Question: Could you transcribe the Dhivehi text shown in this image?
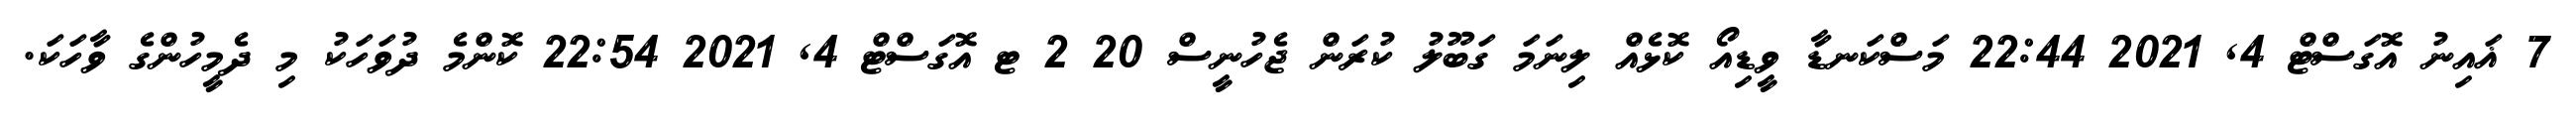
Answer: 7 ޣައިނު އޮގަސްޓް 4, 2021 22:44 މަސްކަނޑާ ވީޑިއޯ ކޮޅެއް ލިނަމަ ގަބޫލު ކުރަން ޖެހުނީސް 20 2 ޓ އޮގަސްޓް 4, 2021 22:54 ކޮންމެ ދުވަހަކު މި ދެމީހުންގެ ވާހަކަ.